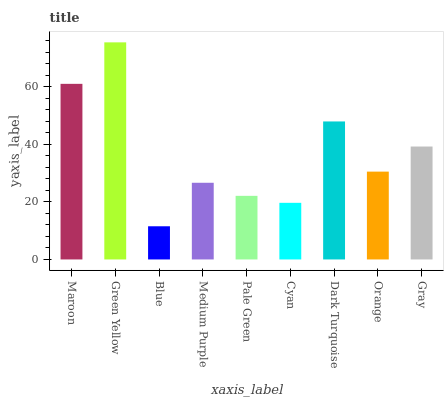
| xaxis_label | bars |
 | --- | --- |
 | Maroon | 61.1 |
 | Green Yellow | 75.5 |
 | Blue | 11.5 |
 | Medium Purple | 26.7 |
 | Pale Green | 22.1 |
 | Cyan | 19.7 |
 | Dark Turquoise | 48 |
 | Orange | 30.5 |
 | Gray | 39.3 |